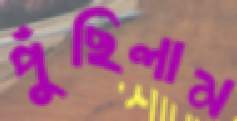
পুঁছিলাম